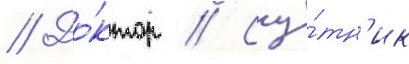
// До́ктор // Спу́тн'ик